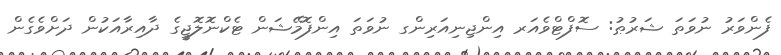
ފެންވަރު ނުވަތަ ޝަރުޠު: ސޮފްޓްވެއަރ އިންޖިނިއަރިންގ ނުވަތަ އިންފޮމޭޝަން ޓެކްނޮލޮޖީގެ ދާއިރާއަކުން ދަށްވެގެން